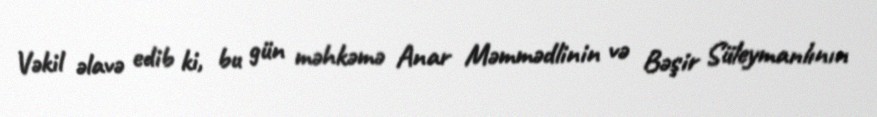
Vəkil əlavə edib ki, bu gün məhkəmə Anar Məmmədlinin və Bəşir Süleymanlının